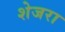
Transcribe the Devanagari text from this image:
शेजरा